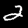
Digit: 2